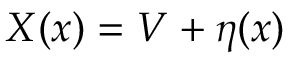
X ( x ) = V + \eta ( x )